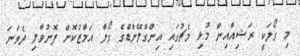
މި ގޯލަކީ ރަޝިއާއިން މުޅި މެޗުގައި އިންގްލޭންޑްގެ ގޯލާ އަމާޒުކޮށް ފޮނުވާލި ދެވަނަ